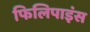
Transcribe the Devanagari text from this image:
फिलिपाइंस